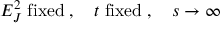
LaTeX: E _ { J } ^ { 2 } \; \mathrm { f i x e d } \; , \quad t \; \mathrm { f i x e d } \; , \quad s \to \infty